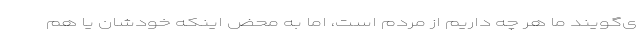
ی‌گویند ما هر چه داریم از مردم است، اما به محض اینکه خودشان یا هم